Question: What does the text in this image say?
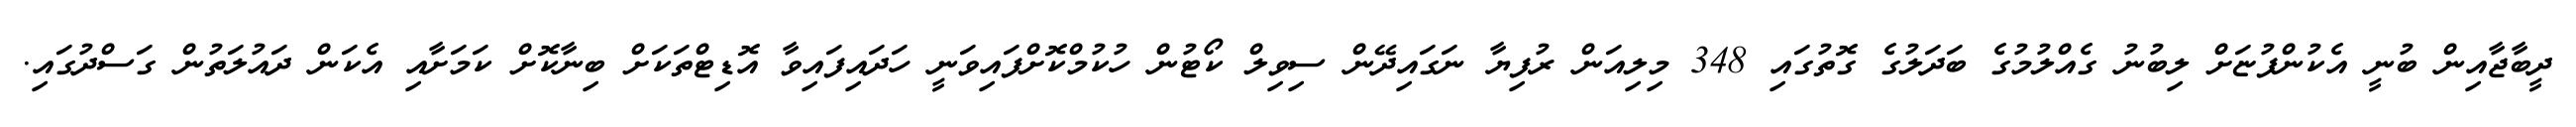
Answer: ދީބާޖާއިން ބުނީ އެކުންފުޏަށް ލިބުނު ގެއްލުމުގެ ބަދަލުގެ ގޮތުގައި 348 މިލިއަން ރުފިޔާ ނަގައިދޭން ސިވިލް ކޯޓުން ހުކުމްކޮށްފައިވަނީ ހަދައިފައިވާ އޮޑިޓްތަކަށް ބިނާކޮށް ކަމަށާއި އެކަން ދައުލަތުން ގަސްދުގައި.